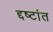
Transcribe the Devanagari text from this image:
द्दष्टांत